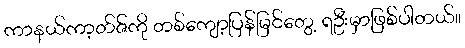
ကာနယ်ကာ့တ်ဇ်ကို တစ်ကျော့ပြန်မြင်တွေ့ ရဦးမှာဖြစ်ပါတယ်။